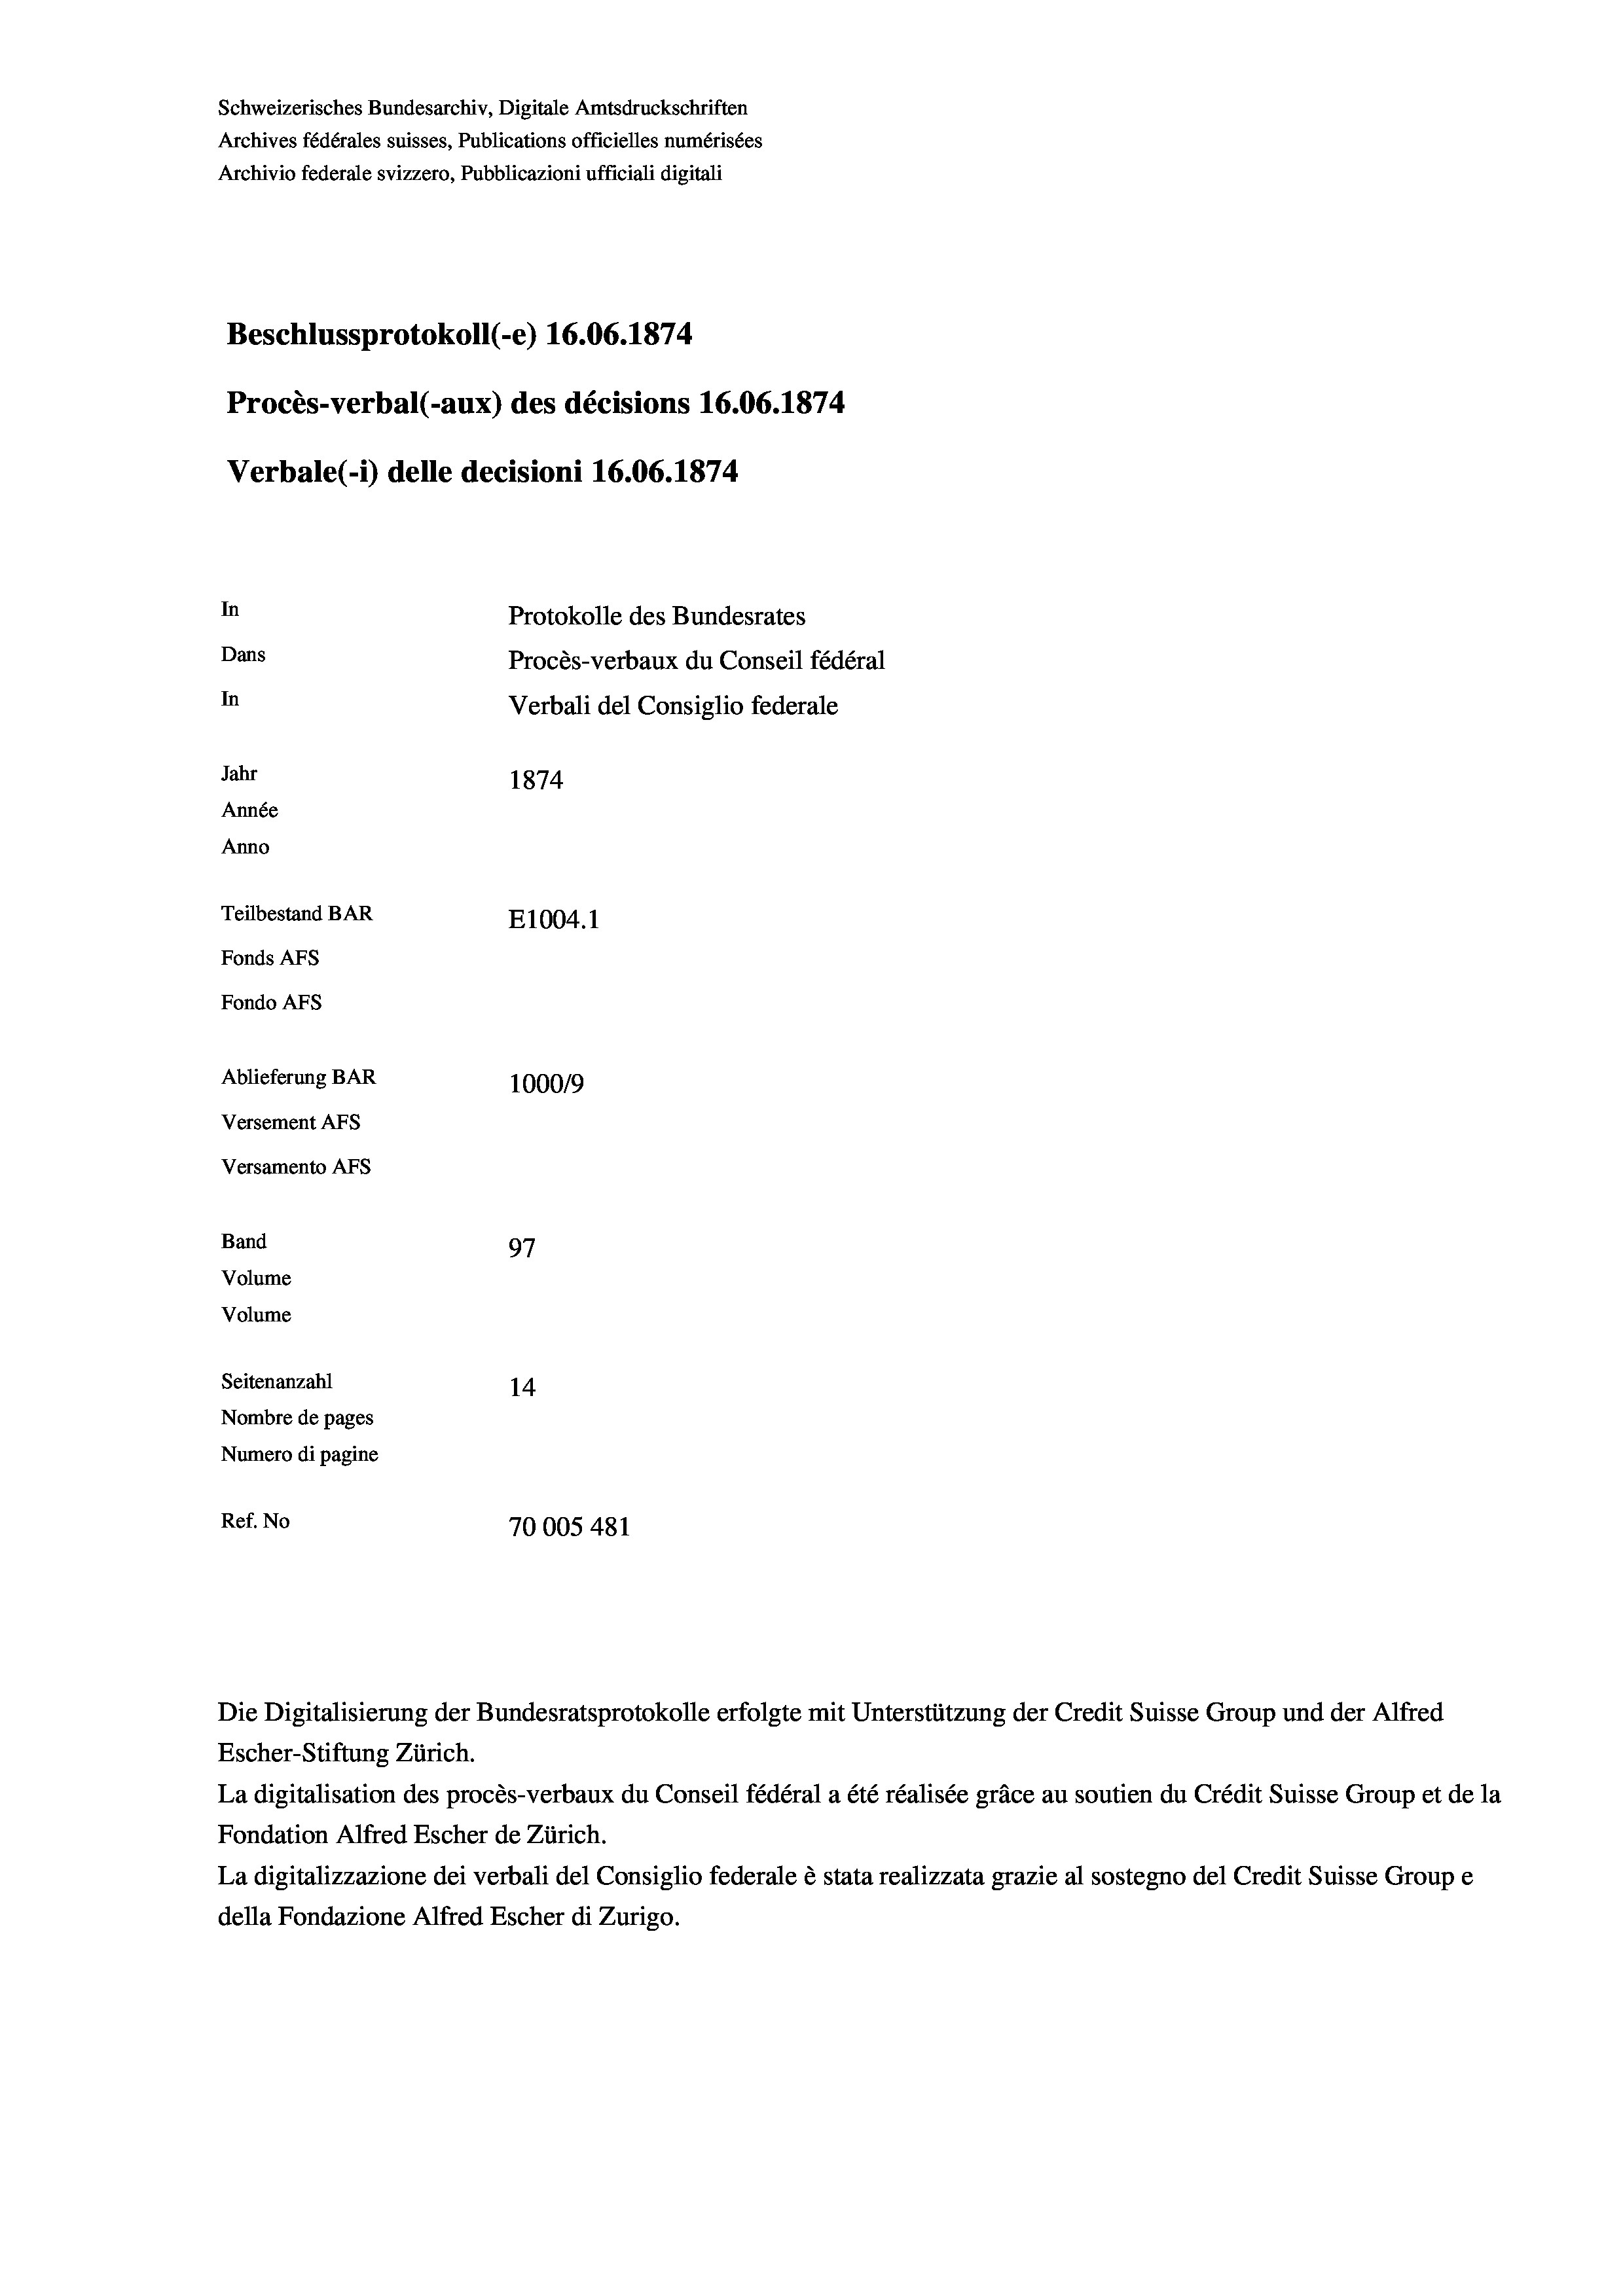
Schweizerisches Bundesarchiv, Digitale Amtsdruckschriften
Archives fédérales suisses, Publications officielles numérisées
Archivio federale svizzero, Pubblicazioni ufficiali digitali
Beschlussprotokoll (-e) 16.06. 1874.
Procès-verbal (-aux) des décisions 16.06. 1874
Verbale (i) delle decisioni 16.06. 1874
In
Protokolle des Bundesrates
Dans
Procès-verbaux du Conseil fédéral
In
Verbali del Consiglio federale
Jahr
1874
Année
Anno
Teilbestand BAR
E1004.1
Fonds AFs
Fondo AFs
Ablieferung BAR
100019
Versement Abs
Versamento Afs
Band
97
Volume
Volume
Seitenanzahl
14

Nombre de pages
Numero di pagine
Ref. No
70005 481

Escher-Stiftung Zürich.
La digitalisation des procès-verbaux du Conseil fédéral a été réalisée gräce au soutien du Crédit Suisse Group et de la
Fondation Alfred Escher de Zürich.
La digitalizzazione dei verbali del Consiglio federale è stata realizzata grazie al sostegno del Credit Suisse Groupe
della Fondazione Alfred Escher di Zurigo.

Die Digitalisierung der Bundesratsprotokolle erfolgte mit Unterstützung der Credit Suisse Group und der Alfred